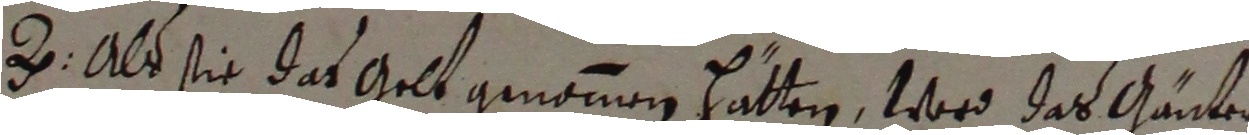
2. Ald sie das gelt genomen hatten, ward das Gänter